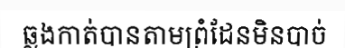
ឆ្លងកាត់បានតាមព្រំដែនមិនបាច់